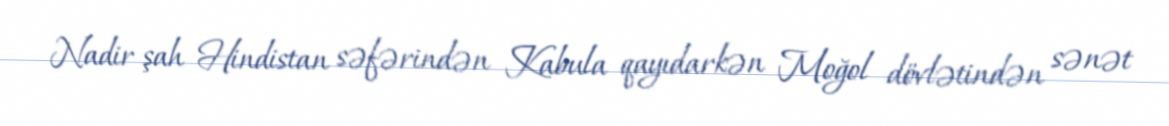
Nadir şah Hindistan səfərindən Kabula qayıdarkən Moğol dövlətindən sənət